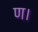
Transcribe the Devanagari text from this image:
ण।